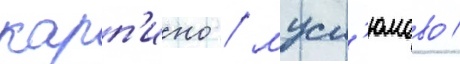
карп'ино / мусл'юмово /